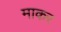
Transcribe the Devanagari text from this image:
माकर